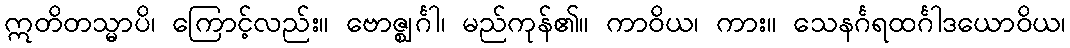
ဣတိတသ္မာပိ၊ ကြောင့်လည်း။ ဗောဇ္ဈင်္ဂါ၊ မည်ကုန်၏။ ကာဝိယ၊ ကား။ သေနင်္ဂရထင်္ဂါဒယောဝိယ၊